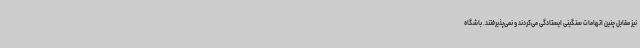
نیز مقابل چنین اتهامات سنگینی ایستادگی می‌کردند و نمی‌پذیرفتند. باشگاه